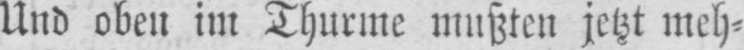
Und oben im Thurme mußten jetzt meh⸗